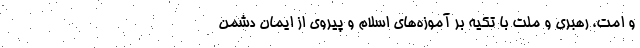
و امت، رهبری و ملت با تکیه بر آموزه‌های اسلام و پیروی از ایمان دشمن